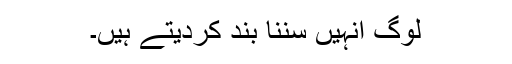
لوگ انہیں سننا بند کردیتے ہیں۔